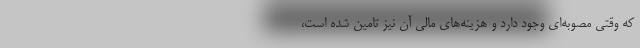
که وقتی مصوبه‌ای وجود دارد و هزینه‌های مالی آن نیز تامین شده است،